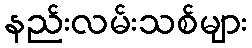
နည်းလမ်းသစ်များ